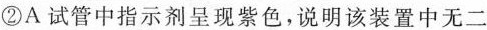
②A试管中指示剂呈现紫色，说明该装置中无二